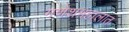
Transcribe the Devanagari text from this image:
गणेशमहालात